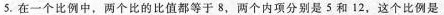
5.在一个比例中，两个比的比值都等于8，两个内项分别是5和12，这个比例是